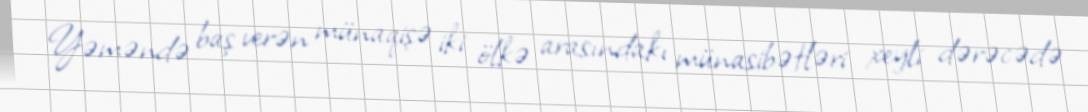
Yəməndə baş verən münaqişə iki ölkə arasındakı münasibətləri xeyli dərəcədə